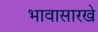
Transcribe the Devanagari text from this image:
भावासारखे